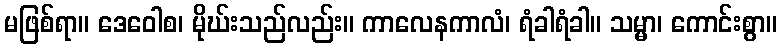
မဖြစ်ရာ။ ဒေဝေါစ၊ မိုဃ်းသည်လည်း။ ကာလေနကာလံ၊ ရံခါရံခါ။ သမ္မာ၊ ကောင်းစွာ။